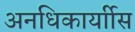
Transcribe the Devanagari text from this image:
अनधिकार्याीस